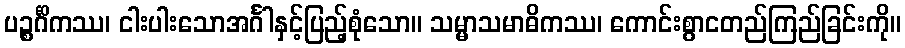
ပဉ္စင်္ဂိကဿ၊ ငါးပါးသောအင်္ဂါနှင့်ပြည့်စုံသော။ သမ္မာသမာဓိကဿ၊ ကောင်းစွာငတည်ကြည်ခြင်းကို။